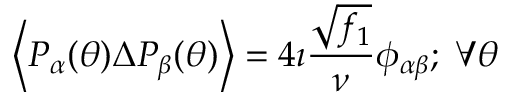
\left\langle P _ { \alpha } ( \theta ) \Delta P _ { \beta } ( \theta ) \right\rangle = 4 \imath \frac { \sqrt { f _ { 1 } } } { \nu } \phi _ { \alpha \beta } ; \; \forall \theta